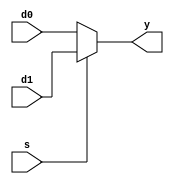
`timescale 1ns/10ps
module mux23(d0, d1, s, y);

input s;
input [2:0] d0, d1;
output [2:0] y;

assign y = s?d1 :d0;

endmodule